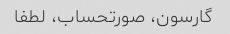
گارسون، صورتحساب، لطفا